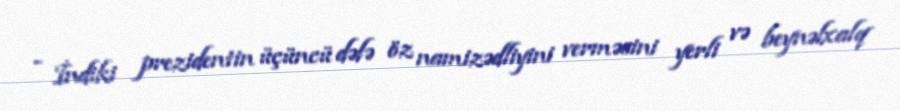
- İndiki prezidentin üçüncü dəfə öz namizədliyini verməsini yerli və beynəlxalq